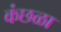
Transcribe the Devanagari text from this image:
कंछळा